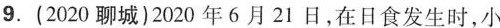
9.(2020聊城)2020年6月21日，在日食发生时，小